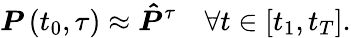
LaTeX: \boldsymbol{P}\left(t_{0},\tau\right)\approx\boldsymbol{\hat{P}}^{\tau}\quad\forall t\in[t_{1},t_{T}].